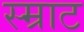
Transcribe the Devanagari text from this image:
स्म्राट